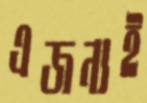
এজন্যই